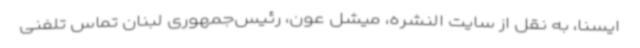
ایسنا، به نقل از سایت النشره، میشل عون، رئیس‌جمهوری لبنان تماس تلفنی